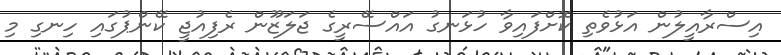
އިސްރާއީލުން އަޅުވެތި ކޮށްފައިވާ ހުޅަނގު އައްސޭރީގެ ޖަލަޒޫން ރެފިއުޖީ ކޭންޕުގައި ހިނގި މި